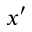
x ^ { \prime }